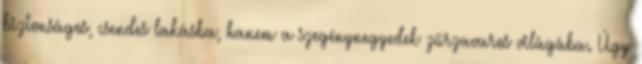
biztonságos, csendes lakásba, hanem a szegénynegyedek zűrzavaros világába. Úgy